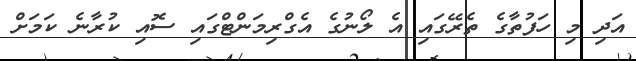
އަދި މި ހަފުތާގެ ތެރޭގައި އެ ލޯނުގެ އެގްރިމަންޓްގައި ސޮއި ކުރާނެ ކަމަށް